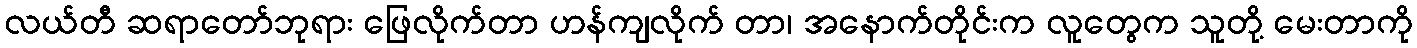
လယ်တီ ဆရာတော်ဘုရား ဖြေလိုက်တာ ဟန်ကျလိုက် တာ၊ အနောက်တိုင်းက လူတွေက သူတို့ မေးတာကို